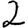
Digit: 2